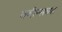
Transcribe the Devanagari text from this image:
क्वीन्सच्या